Madras plague regulations and rules for district municipalities and other towns and villages
Disease focus: Plague
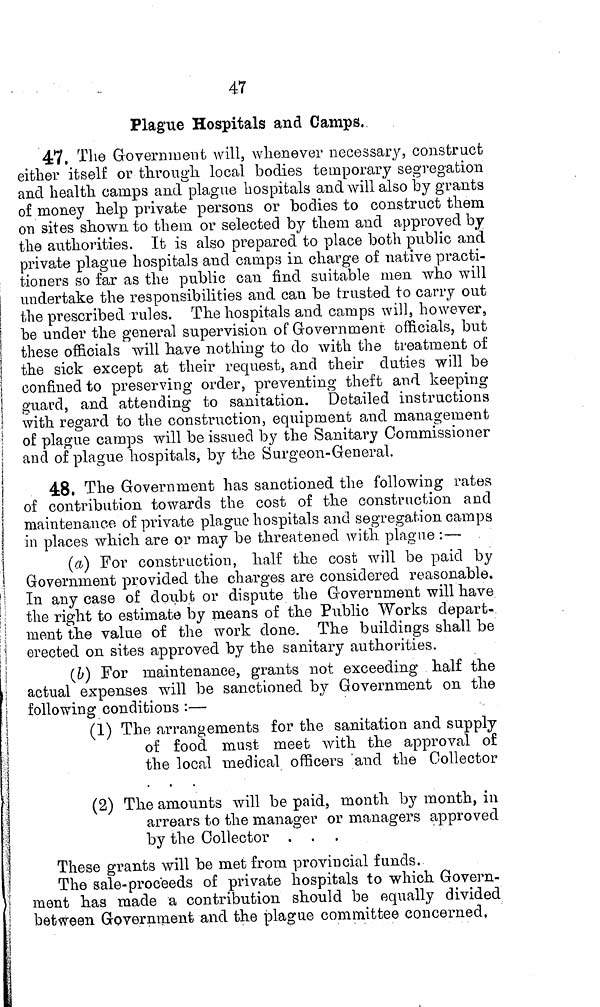
47
Plague Hospitals and Camps.
47, The Government will, whenever necessary, construct
either itself or through local bodies temporary segregation
and health camps and plague hospitals and will also by grants
of money help private persons or bodies to construct them
on sites shown to them or selected by them and approved by
the authorities. It is also prepared to place both public and
private plague hospitals and camps in charge of native practi-
tioners so far as the public can find suitable men who will
undertake the responsibilities and can be trusted to carry out
the prescribed rules. The hospitals and camps will, however,
be under the general supervision of Government- officials, but
these officials will have nothing to do with the treatment of
the sick except at their request, and their duties will be
confined to preserving order, preventing theft and keeping
guard, and attending to sanitation. Detailed instructions
with regard to the construction, equipment and management
of plague camps will be issued by the Sanitary Commissioner
and of plague hospitals, by the Surgeon-General.
48, The Government has sanctioned the following rates
of contribution towards the cost of the construction and
maintenance of private plague hospitals and segregation camps
in places which are or may be threatened with plague :—
(a) For construction, half the cost will be paid by
Government provided the charges are considered reasonable.
In any case of doubt or dispute the Government will have
the right to estimate by means of the Public Works depart-
ment the value of the work done. The buildings shall be
erected on sites approved by the sanitary authorities.
(b) For maintenance, grants not exceeding half the
actual expenses will be sanctioned by Government on the
following conditions :—
(1) The arrangements for the sanitation and supply
of food must meet with the approval of
the local medical officers and the Collector
(2) The amounts will be paid, month by month, in
arrears to the manager or managers approved
by the Collector . .
These grants will be met from provincial funds.
The sale-proceeds of private hospitals to which Govern-
ment has made a contribution should be equally divided
between Government and the plague committee concerned,